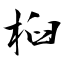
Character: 桕